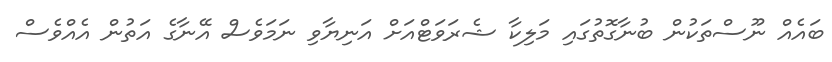
ބައެއް ނޫސްތަކުން ބުނާގޮތުގައި މަލިކާ ޝެރަވަޓްއަށް އަނިޔާވި ނަމަވެސް އޭނާގެ އަތުން އެއްވެސް